Report on the working of the Ranchi Indian Mental Hospital, Kanke, in Bihar and Orissa - 1930-1940
Year: 1930
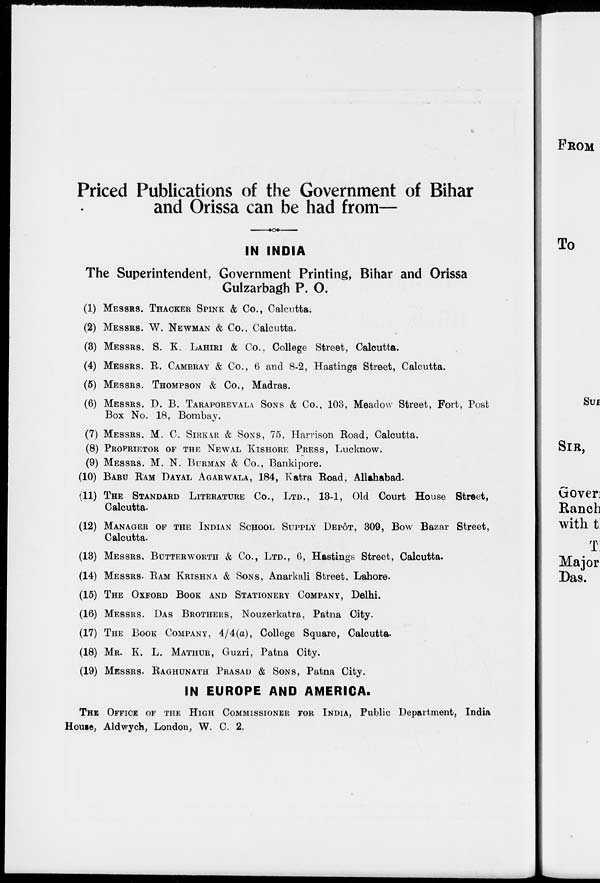
Priced Publications of the Government of Bihar
and Orissa can be had from—
IN INDIA
The Superintendent, Government Printing, Bihar and Orissa
Gulzarbagh P. O.
(1) MESSRS. THACKER SPINK & Co., Calcutta.
(2) MESSRS. W. NEWMAN & Co., Calcutta.
(3) MESSRS. S. K. LAHIRI & Co., College Street, Calcutta.
(4) MESSRS. R. CAMBRAY & Co., 6 and 8-2, Hastings Street, Calcutta.
(5) MESSRS. THOMPSON & Co., Madras.
(6) MESSRS. D. B. TARAPOREVALA SONS & Co., 103, Meadow Street, Fort, Post
Box No. 18, Bombay.
(7) MESSRS. M. C. SIRKAR & SONS, 75, Harrison Road, Calcutta.
(8) PROPRIETOR OF THE NEWAL KISHORE PRESS, Lucknow.
(9) MESSRS. M. N. BURMAN & Co., Bankipore.
(10) BABU RAM DAYAL AGARWALA, 184, Katra Road, Allahabad.
(11) THE STANDARD LITERATURE Co., LTD., 13-1, Old Court House Street,
Calcutta.
(12) MANAGER OF THE INDIAN SCHOOL SUPPLY DEPÔT, 309, Bow Bazar Street,
Calcutta.
(13) MESSRS. BUTTERWORTH & Co., LTD., 6, Hastings Street, Calcutta.
(14) MESSRS. RAM KRISHNA & SONS, Anarkali Street, Lahore.
(15) THE OXFORD BOOK AND STATIONERY COMPANY, Delhi.
(16) MESSRS. DAS BROTHERS, Nouzerkatra, Patna City.
(17) THE BOOK COMPANY, 4/4(a), College Square, Calcutta.
(18) MR. K. L. MATHUR, Guzri, Patna City.
(19) MESSRS. RAGHUNATH PRASAD & SONS, Patna City.
IN EUROPE AND AMERICA.
THE OFFICE OF THE HIGH COMMISSIONER FOR INDIA, Public Department, India
House, Aldwych, London, W. C. 2.